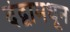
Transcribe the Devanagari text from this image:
दंद्वामधून